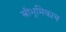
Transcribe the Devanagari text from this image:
स्त्रीभूमिकाच